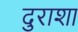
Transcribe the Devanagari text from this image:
दुराशा